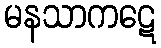
မနသာကဋေ